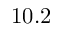
1 0 . 2